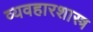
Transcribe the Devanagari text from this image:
व्यवहारशास्त्र